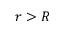
r > R